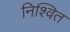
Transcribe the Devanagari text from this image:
निश्वित